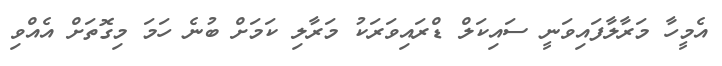
އެމީހާ މަރާލާފައިވަނީ ސައިކަލް ޑްރައިވަރަކު މަރާލި ކަމަށް ބުނެ ހަމަ މިގޮތަށް އެއްވި